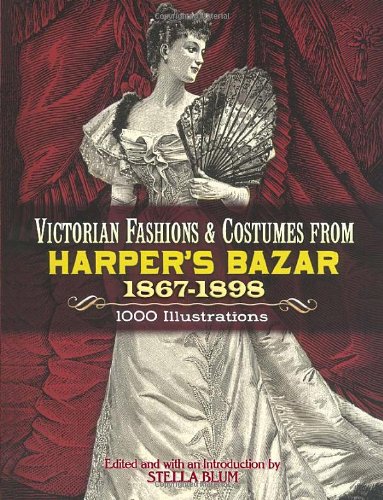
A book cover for Victorian Fashions and Costumes from Harper's Bazar, 1867-1898 (Dover Fashion and Costumes); Crafts, Hobbies & Home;